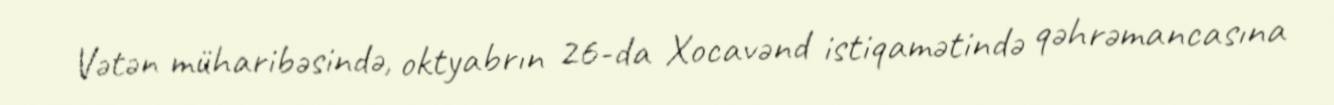
Vətən müharibəsində, oktyabrın 26-da Xocavənd istiqamətində qəhrəmancasına